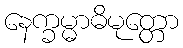
နေက္ခမ္မာဓိမုတ္တော